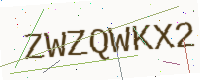
Text: ZWZQWKX2